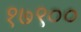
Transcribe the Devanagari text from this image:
१७९००